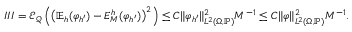
I I I = \mathcal { E } _ { \mathcal { Q } } \left( \left( \mathbb { E } _ { h } ( \varphi _ { h ^ { \prime } } ) - E _ { M } ^ { h } ( \varphi _ { h ^ { \prime } } ) \right) ^ { 2 } \right) \le C \| \varphi _ { h ^ { \prime } } \| _ { L ^ { 2 } ( \Omega , \mathbb { P } ) } ^ { 2 } M ^ { - 1 } \le C \| \varphi \| _ { L ^ { 2 } ( \Omega , \mathbb { P } ) } ^ { 2 } M ^ { - 1 } .